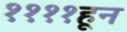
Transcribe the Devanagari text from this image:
११११हून